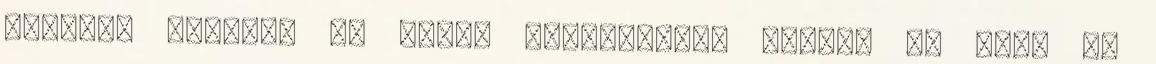
tényleg szeret. És lehet felköltözök hozzá. De csak ha